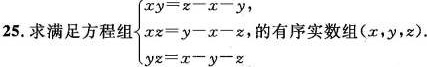
25. 求满足方程组{ $$\begin{matrix} x y = x - x - y， \\ x z = y - x - z， \\ y z = x - y - z \end{matrix}$$ 的有序实数组( x，y，x ).